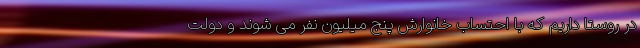
در روستا داریم که با احتساب خانوارش پنج میلیون نفر می شوند و دولت